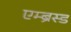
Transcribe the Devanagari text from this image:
एम्ब्रेस्ड